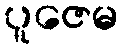
ပူဇေမ